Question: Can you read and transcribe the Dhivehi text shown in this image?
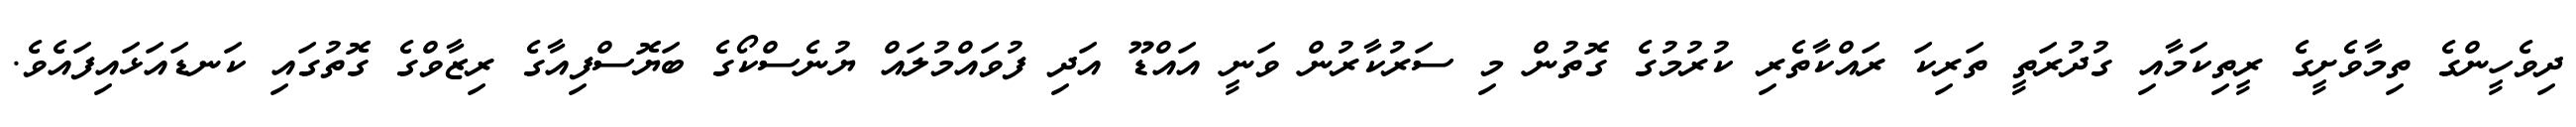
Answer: ދިވެހީންގެ ތިމާވެށީގެ ރީތިކަމާއި ގުދުރަތީ ތަރިކަ ރައްކާތެރި ކުރުމުގެ ގޮތުން މި ސަރުކާރުން ވަނީ އައްޑޫ އަދި ފުވައްމުލައް ޔުނެސްކޯގެ ބަޔޮސްފިއާގެ ރިޒާވްގެ ގޮތުގައި ކަނޑައަޅައިފައެވެ.